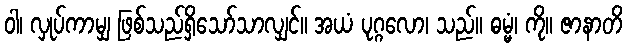
ဝါ၊ လှုပ်ကာမျှ ဖြစ်သည်ရှိသော်သာလျှင်။ အယံ ပုဂ္ဂလော၊ သည်။ ဓမ္မံ၊ ကို။ ဇာနာတိ